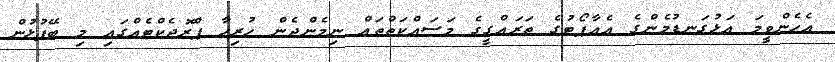
އެހެންވީމަ އަޅުގަނޑުމެންގެ އެއާޕޯޓުގެ ތަރައްގީގެ މަސައްކަތްތައް ނިމެންދެން ހުރިހާ ޕްރޮޖެކްޓެއްގައި މި ބޭފުޅުން